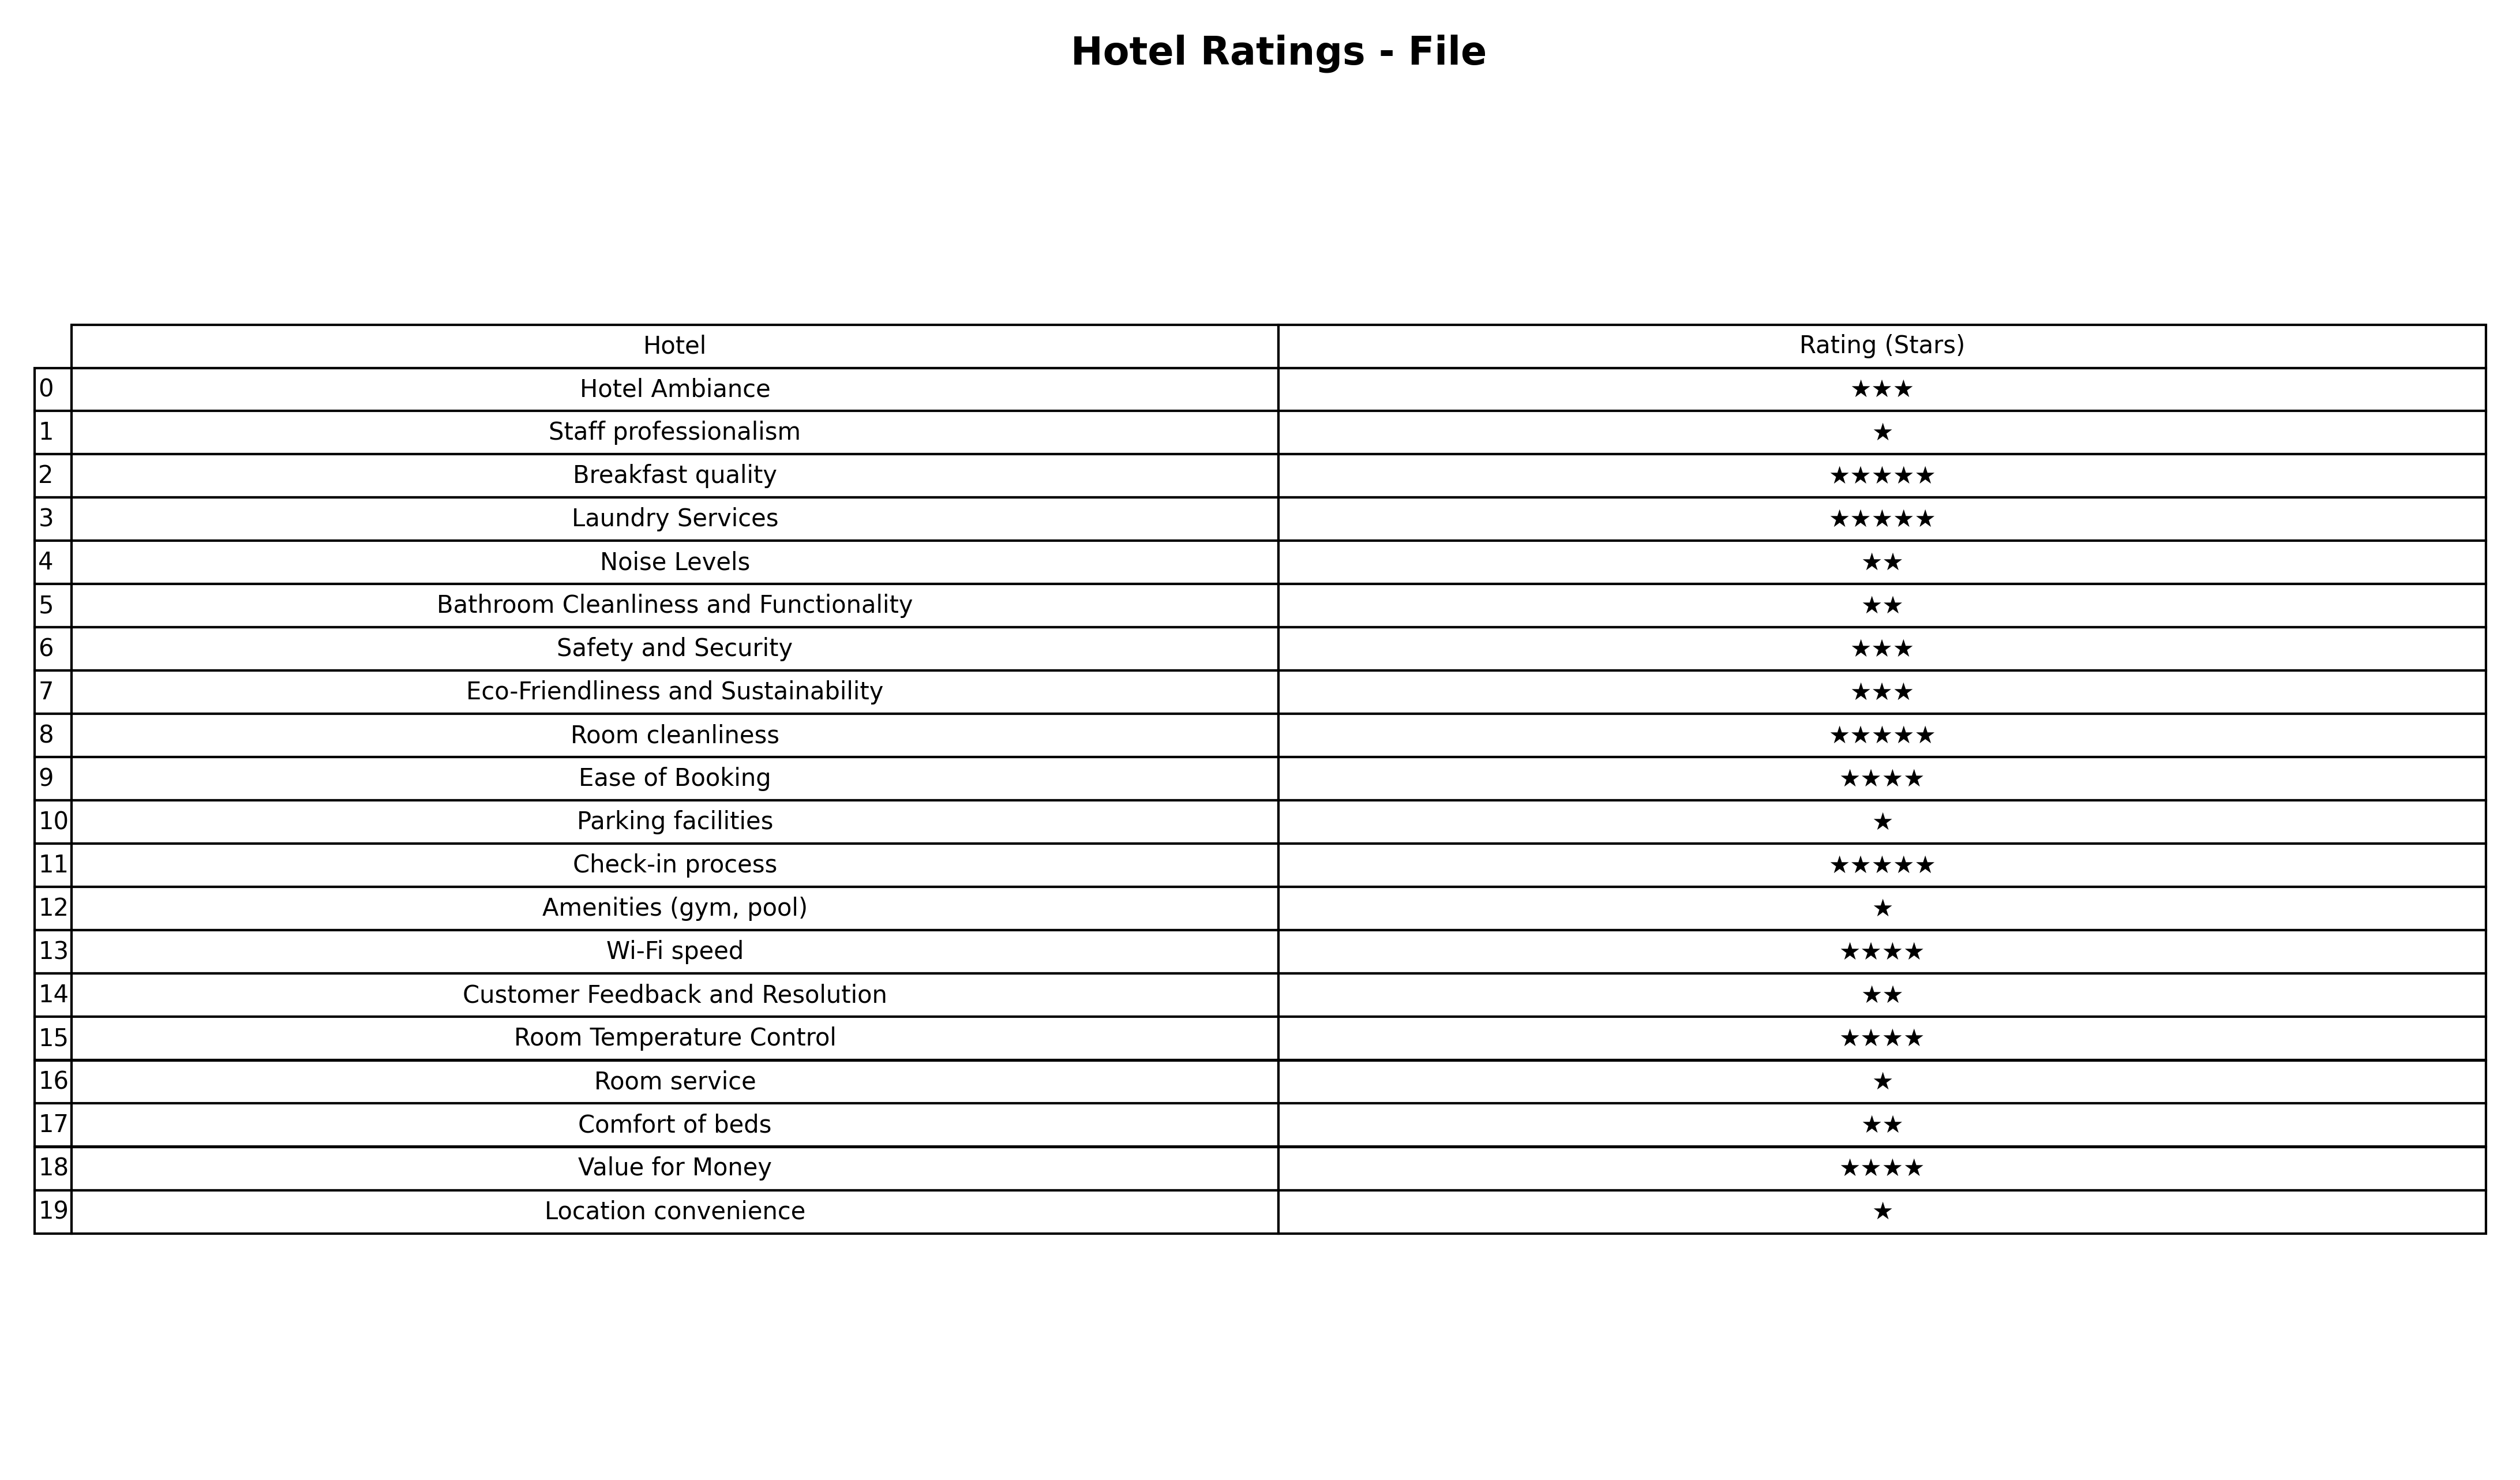
question: What are lowest rating services?
answer: Hotel AmbianceSafety and SecurityEco-Friendliness and Sustainability